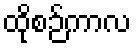
ထိုစဉ်ကာလ